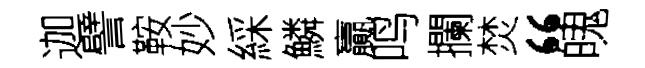
迦譬鞍妙綵鱗贏鸣攔焚“魄